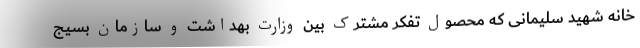
خانه شهید سلیمانی که محصول تفکر مشترک بین وزارت بهداشت و سازمان بسیج